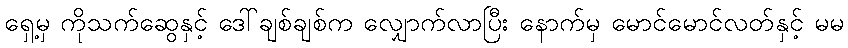
ရှေ့မှ ကိုသက်ဆွေနှင့် ဒေါ်ချစ်ချစ်က လျှောက်လာပြီး နောက်မှ မောင်မောင်လတ်နှင့် မမ